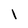
Character: 1